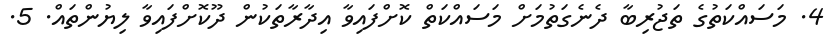
4. މަސައްކަތުގެ ތަޖުރިބާ ދެނެގަތުމަށް މަސައްކަތް ކޮށްފައިވާ އިދާރާތަކުން ދޫކޮށްފައިވާ ލިޔުންތައް. 5.